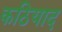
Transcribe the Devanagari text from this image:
कठियाद